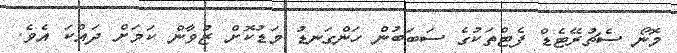
މޮނޯ ސެޗުރޭޓެޑް ފެޓްތަކުގެ ސަބަބުން ހަންގަނޑު މަޑުކޮށް ޒުވާން ކަމަށް ދައްކަ އެވެ.